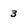
Character: 3